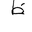
Letter: _za